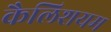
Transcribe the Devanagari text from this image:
कैलिशयम